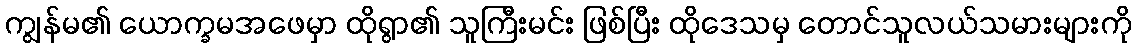
ကျွန်မ၏ ယောက္ခမအဖေမှာ ထိုရွာ၏ သူကြီးမင်း ဖြစ်ပြီး ထိုဒေသမှ တောင်သူလယ်သမားများကို